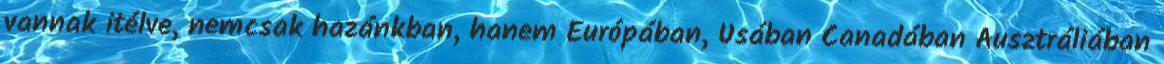
vannak itélve, nemcsak hazánkban, hanem Európában, Usában Canadában Ausztráliában